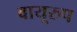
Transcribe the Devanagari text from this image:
वायूरुप